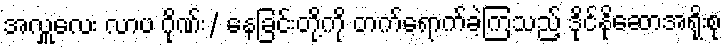
အလှူလေး လာပ ဂိုဏ်း/ နေခြင်းတို့ကို တက်ရောက်ခဲ့ကြသည့် ဒိုင်နိုဆောအရိုးစု